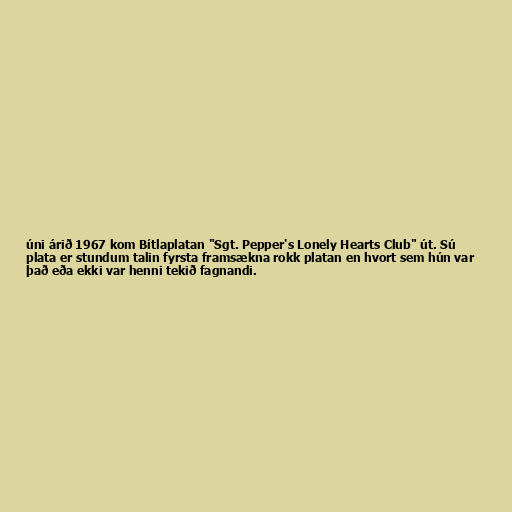
úni árið 1967 kom Bítlaplatan "Sgt. Pepper's Lonely Hearts Club" út. Sú
plata er stundum talin fyrsta framsækna rokk platan en hvort sem hún var
það eða ekki var henni tekið fagnandi.